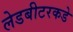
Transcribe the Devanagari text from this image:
लेडबीटरकडे